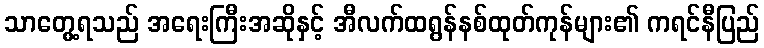
သာတွေ့ရသည် အရေးကြီးအဆိုနှင့် အီလက်ထရွန်နစ်ထုတ်ကုန်များ၏ ကရင်နီပြည်